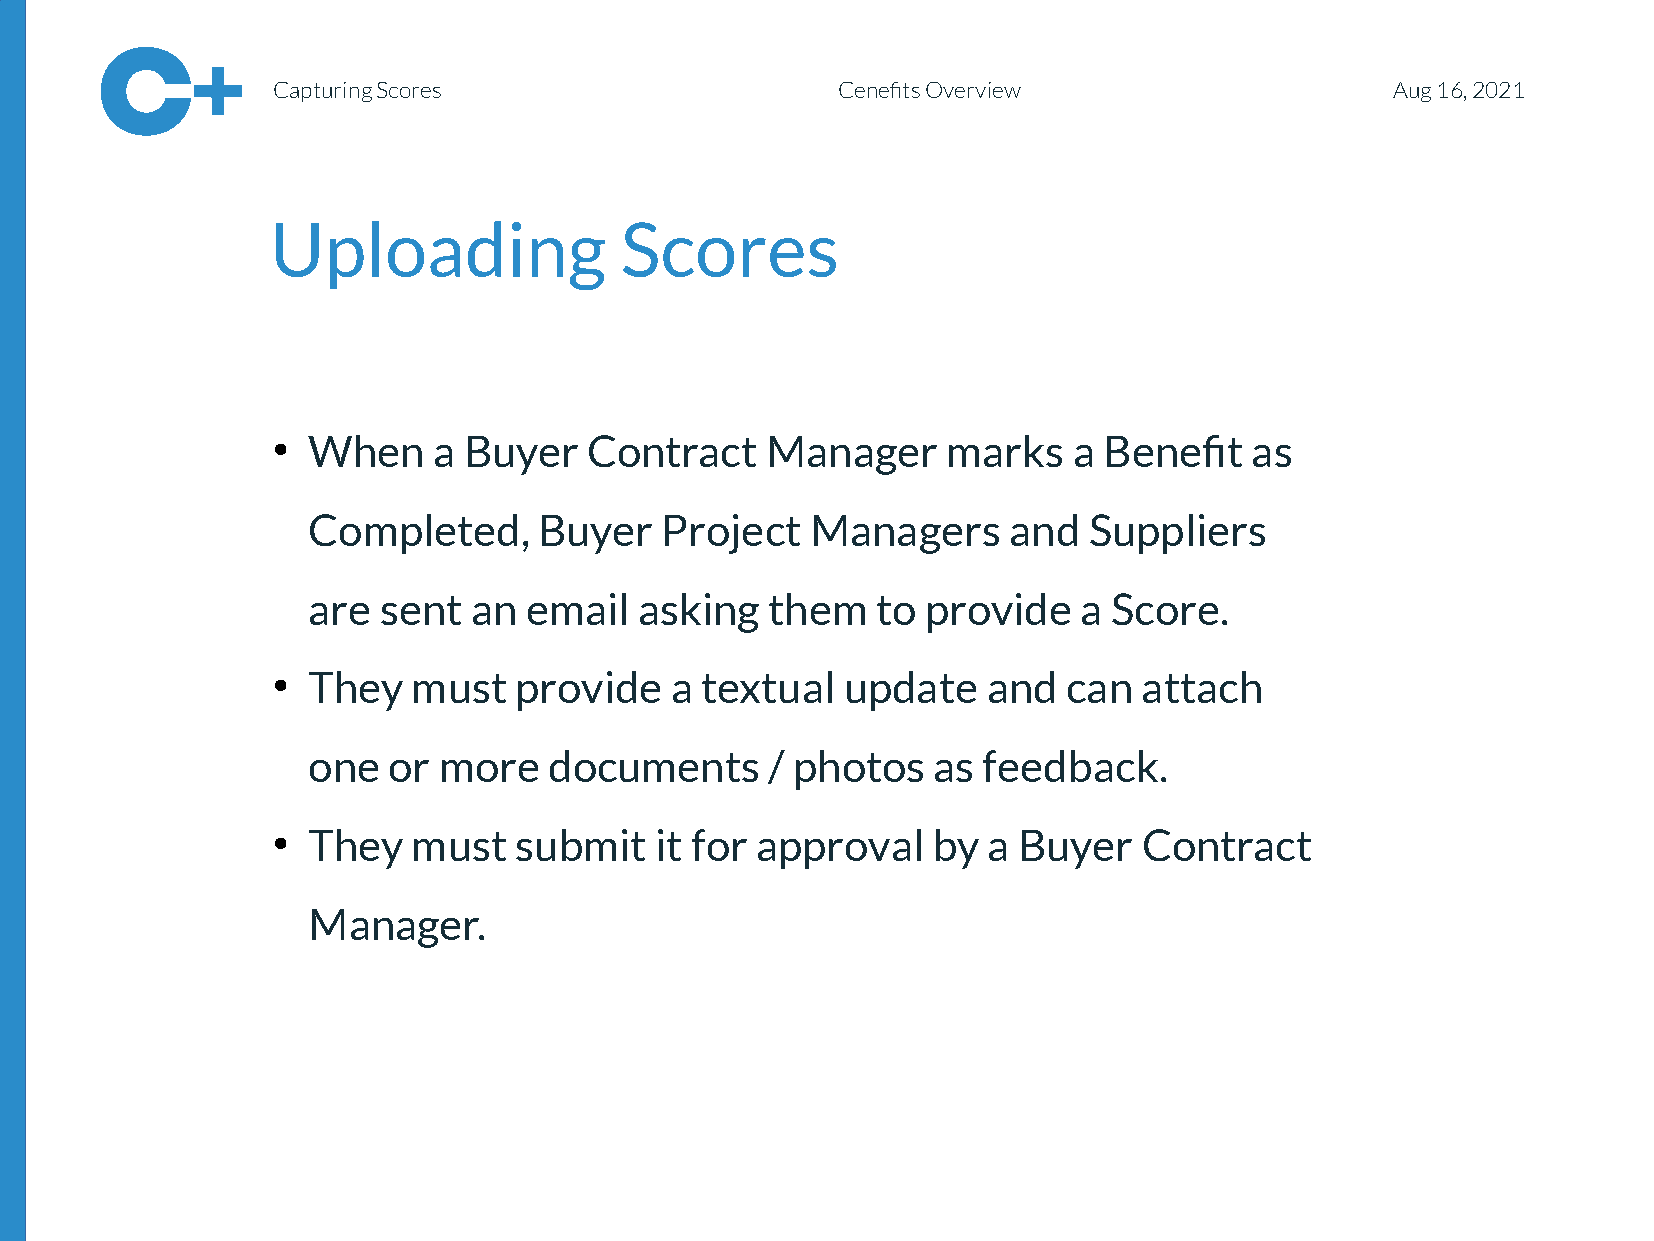
Capturing Scores                     Cenefits Overview                    Aug 16, 2021
 Uploading              Scores
 When     a Buyer   Contract    Manager     marks   a Benefit   as
 ●
 <CSoemcplteitoedn, B_utyietrl Pero_j1ec>t Managers and Suppliers
 are  sent  an  email  asking   them   to provide    a Score.
 They   must   provide   a textual   update   and   can  attach
 ●
 one   or more   documents      / photos   as feedback.
 They   must   submit   it for approval    by a Buyer    Contract
 ●
 Manager.